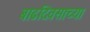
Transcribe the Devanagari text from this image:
बाढदिवसाच्या